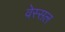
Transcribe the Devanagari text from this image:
वेस्सल